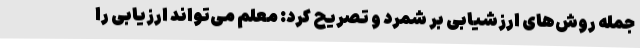
جمله روش‌های ارزشیابی بر شمرد و تصریح کرد: معلم می‌تواند ارزیابی را